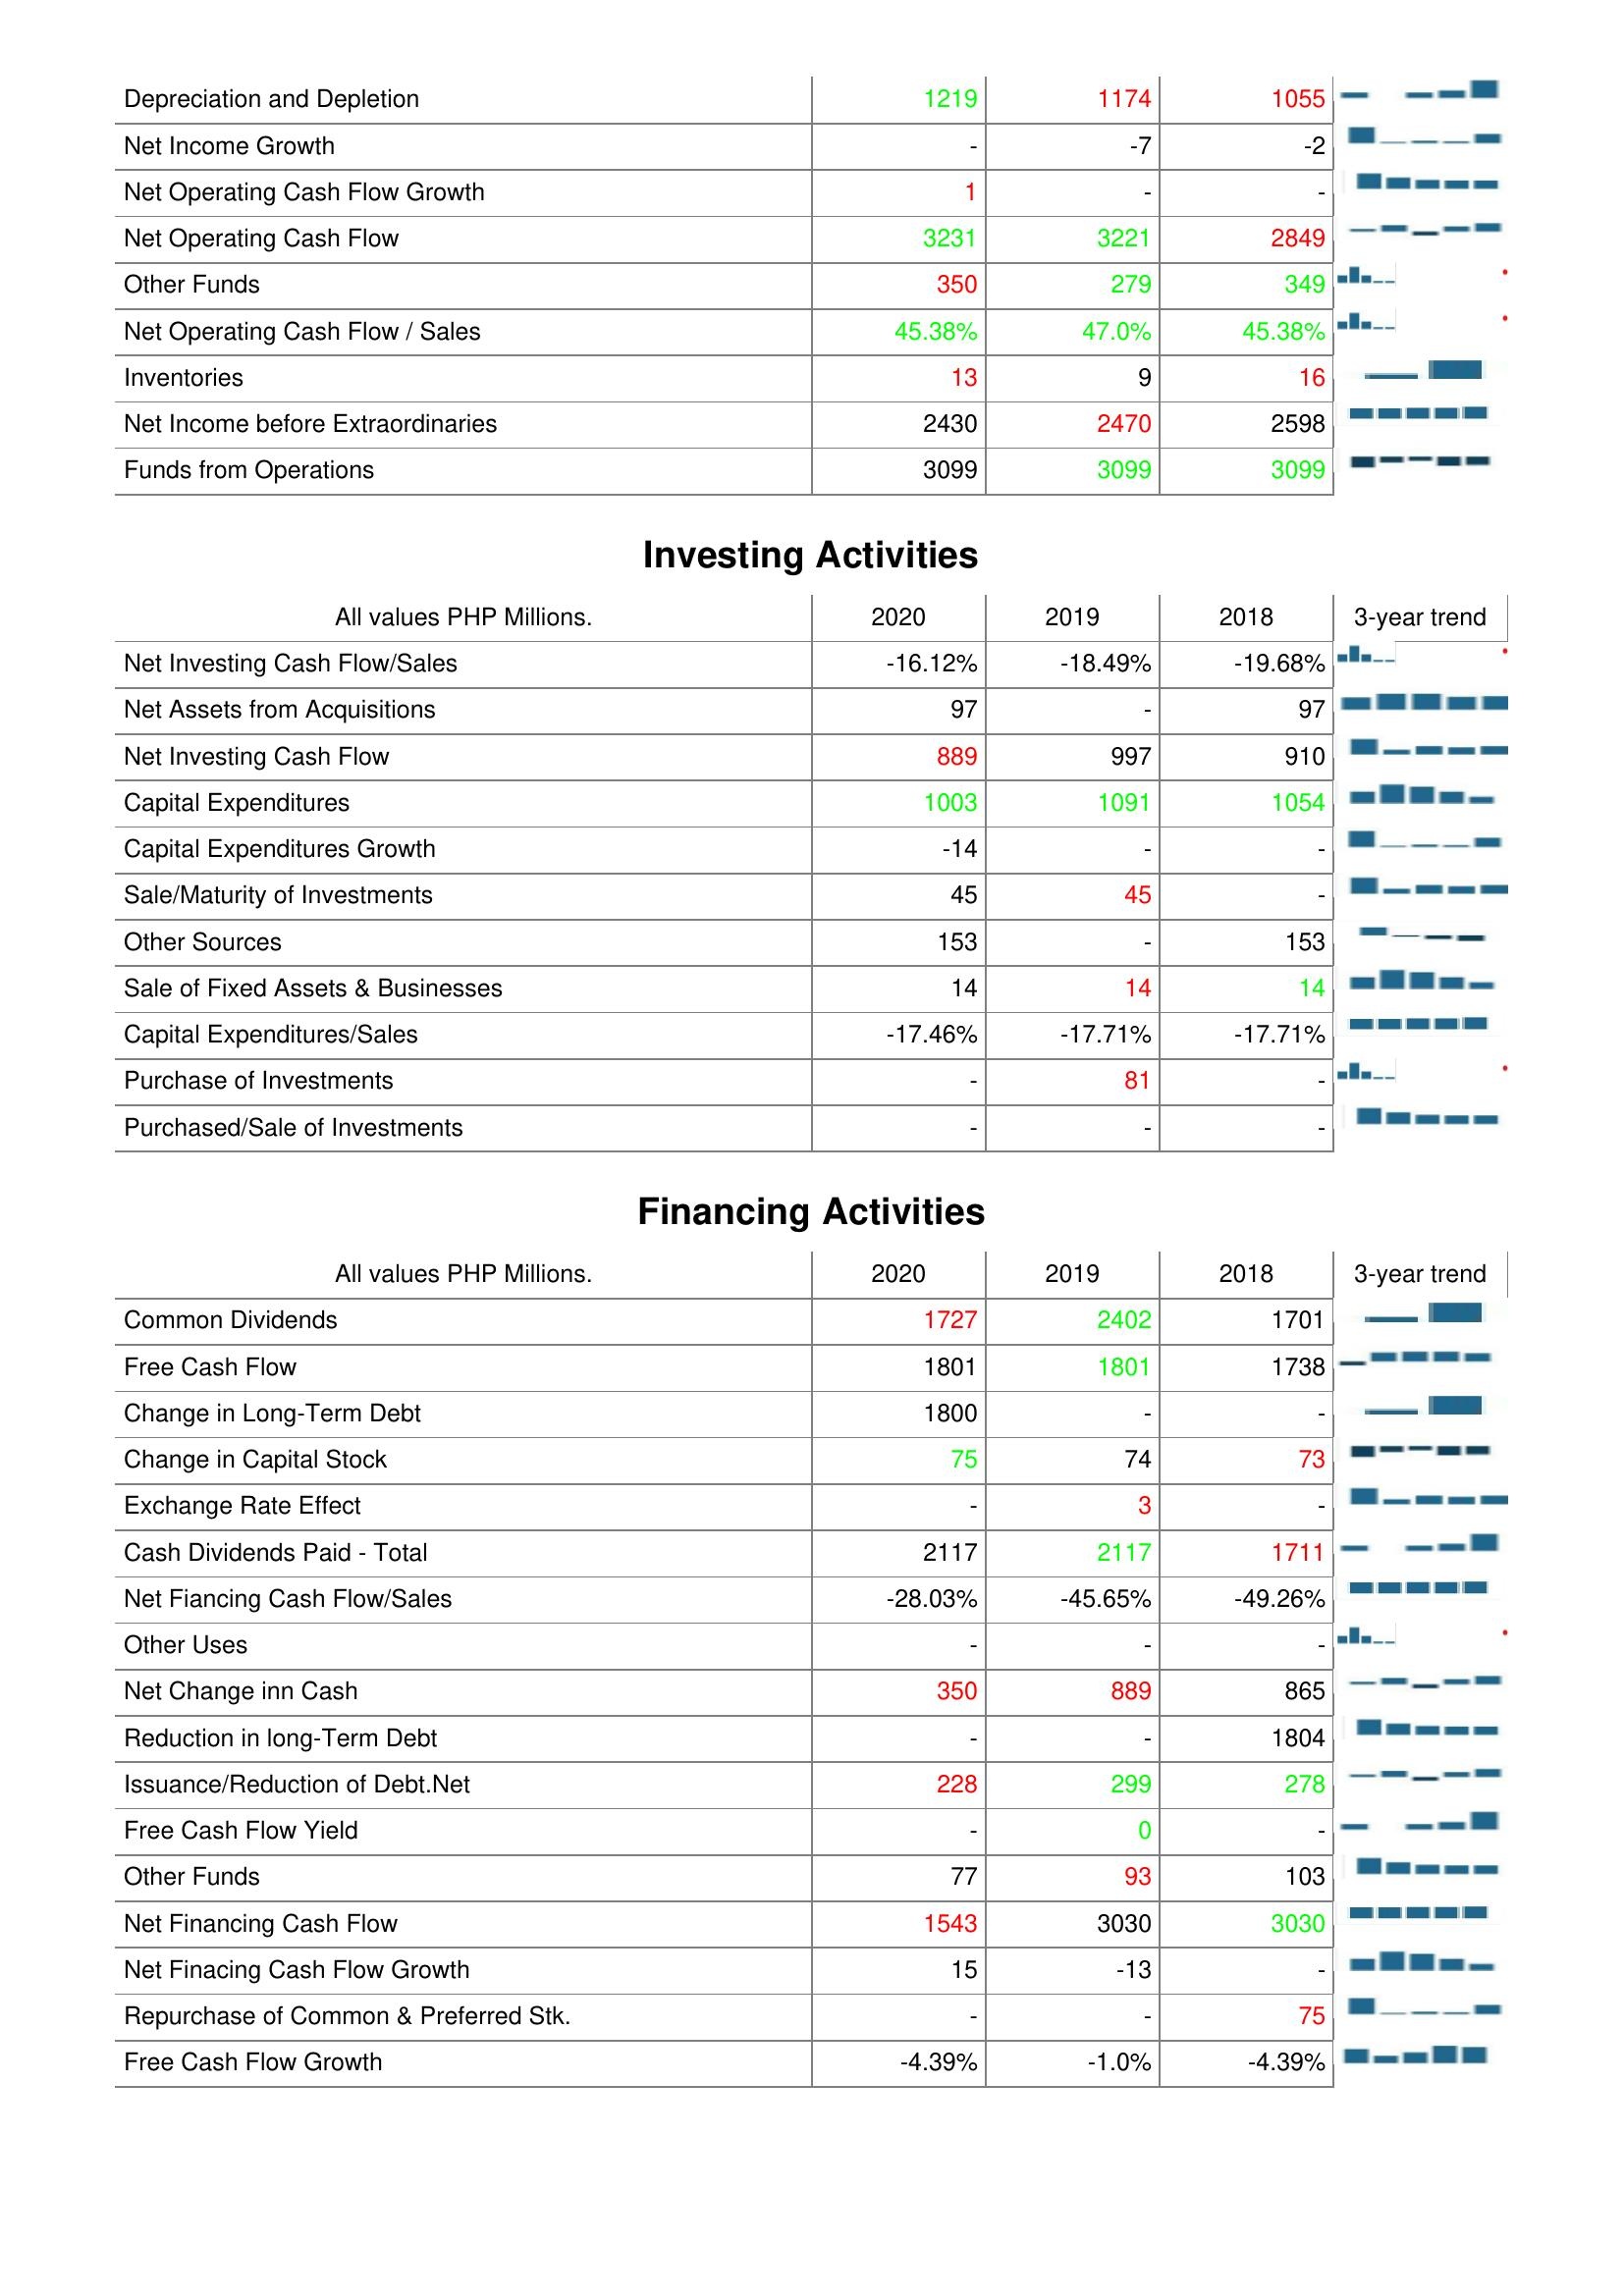
2020: Operating Activities: Depreciation and Depletion: 1219
Net Income Growth: -
Net Operating Cash Flow Growth: 1
Net Operating Cash Flow: 3231
Other Funds: 350
Net Operating Cash Flow / Sales: 45.38%
Inventories: 13
Net Income before Extraordinaries: 2430
Funds from Operations: 3099
Investing Activities: Net Investing Cash Flow/Sales: -16.12%
Net Assets from Acquisitions: 97
Net Investing Cash Flow: 889
Capital Expenditures: 1003
Capital Expenditures Growth: -14
Sale/Maturity of Investments: 45
Other Sources: 153
Sale of Fixed Assets & Businesses: 14
Capital Expenditures/Sales: -17.46%
Purchase of Investments: -
Purchased/Sale of Investments: -
Financing Activities: Common Dividends: 1727
Free Cash Flow: 1801
Change in Long-Term Debt: 1800
Change in Capital Stock: 75
Exchange Rate Effect: -
Cash Dividends Paid - Total: 2117
Net Fiancing Cash Flow/Sales: -28.03%
Other Uses: -
Net Change inn Cash: 350
Reduction in long-Term Debt: -
Issuance/Reduction of Debt.Net: 228
Free Cash Flow Yield: -
Other Funds: 77
Net Financing Cash Flow: 1543
Net Finacing Cash Flow Growth: 15
Repurchase of Common & Preferred Stk.: -
Free Cash Flow Growth: -4.39%
2019: Operating Activities: Depreciation and Depletion: 1174
Net Income Growth: -7
Net Operating Cash Flow Growth: -
Net Operating Cash Flow: 3221
Other Funds: 279
Net Operating Cash Flow / Sales: 47.0%
Inventories: 9
Net Income before Extraordinaries: 2470
Funds from Operations: 3099
Investing Activities: Net Investing Cash Flow/Sales: -18.49%
Net Assets from Acquisitions: -
Net Investing Cash Flow: 997
Capital Expenditures: 1091
Capital Expenditures Growth: -
Sale/Maturity of Investments: 45
Other Sources: -
Sale of Fixed Assets & Businesses: 14
Capital Expenditures/Sales: -17.71%
Purchase of Investments: 81
Purchased/Sale of Investments: -
Financing Activities: Common Dividends: 2402
Free Cash Flow: 1801
Change in Long-Term Debt: -
Change in Capital Stock: 74
Exchange Rate Effect: 3
Cash Dividends Paid - Total: 2117
Net Fiancing Cash Flow/Sales: -45.65%
Other Uses: -
Net Change inn Cash: 889
Reduction in long-Term Debt: -
Issuance/Reduction of Debt.Net: 299
Free Cash Flow Yield: 0
Other Funds: 93
Net Financing Cash Flow: 3030
Net Finacing Cash Flow Growth: -13
Repurchase of Common & Preferred Stk.: -
Free Cash Flow Growth: -1.0%
2018: Operating Activities: Depreciation and Depletion: 1055
Net Income Growth: -2
Net Operating Cash Flow Growth: -
Net Operating Cash Flow: 2849
Other Funds: 349
Net Operating Cash Flow / Sales: 45.38%
Inventories: 16
Net Income before Extraordinaries: 2598
Funds from Operations: 3099
Investing Activities: Net Investing Cash Flow/Sales: -19.68%
Net Assets from Acquisitions: 97
Net Investing Cash Flow: 910
Capital Expenditures: 1054
Capital Expenditures Growth: -
Sale/Maturity of Investments: -
Other Sources: 153
Sale of Fixed Assets & Businesses: 14
Capital Expenditures/Sales: -17.71%
Purchase of Investments: -
Purchased/Sale of Investments: -
Financing Activities: Common Dividends: 1701
Free Cash Flow: 1738
Change in Long-Term Debt: -
Change in Capital Stock: 73
Exchange Rate Effect: -
Cash Dividends Paid - Total: 1711
Net Fiancing Cash Flow/Sales: -49.26%
Other Uses: -
Net Change inn Cash: 865
Reduction in long-Term Debt: 1804
Issuance/Reduction of Debt.Net: 278
Free Cash Flow Yield: -
Other Funds: 103
Net Financing Cash Flow: 3030
Net Finacing Cash Flow Growth: -
Repurchase of Common & Preferred Stk.: 75
Free Cash Flow Growth: -4.39%